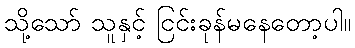
သို့သော် သူနှင့် ငြင်းခုန်မနေတော့ပါ။